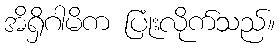
အိရှိဂါမိက ပြုံးလိုက်သည်။